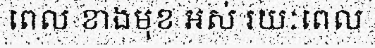
ពេល ខាងមុខ អស់ រយៈពេល